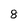
Character: 8